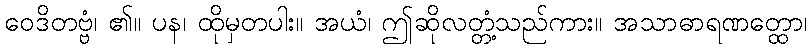
ဝေဒိတဗ္ဗံ၊ ၏။ ပန၊ ထိုမှတပါး။ အယံ၊ ဤဆိုလတ္တံ့သည်ကား။ အသာဓာရဏတ္ထော၊